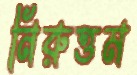
নিরুত্তম